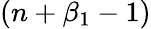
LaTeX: (n+\beta_{1}-1)